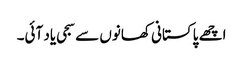
اچھے پاکستانی کھانوں سے سجی یاد آئی۔